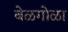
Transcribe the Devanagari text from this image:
बेळगोळा